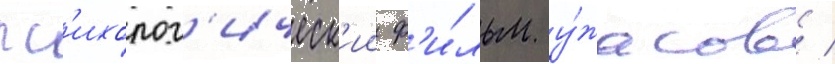
пс'ихолог'ическ'ии ф'и́льм у́жасов /